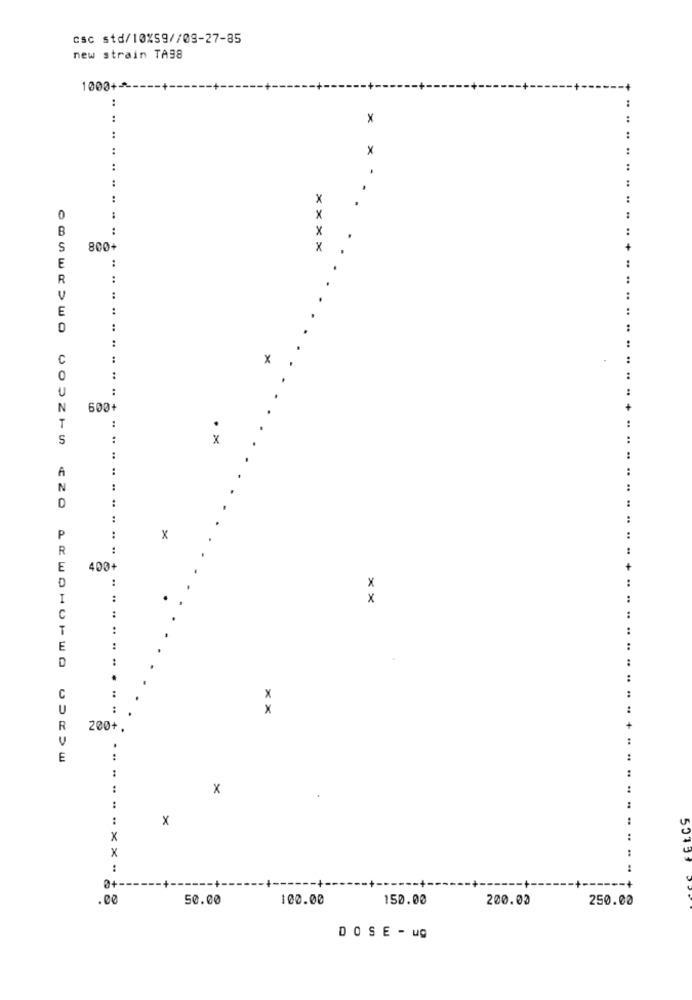
csc std/10%59//09-27-85
new strain TA98
1000+
..
..
×
..
..
×
.. ..
..
..
x
0
..
x
B
x
S
800+
x
E
..
R
..
V
E
..
C
Z C
0
..
600+
-
..
..
S
. ×
¢ Z
D
:
a
..
x
R
:
E
400+
..
I
**
C
T
..
E
.. .. ..
C
.
..
U
..
x
R
200+.
E
:
×
..
x
x
:
×
:
50133
:
0+-
.00
50.00
100.00
150.00
200.00
250.00
DOSE - ug